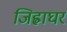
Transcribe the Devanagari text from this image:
जिह्वाघर